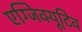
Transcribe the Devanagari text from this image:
एग्जिक्यूटिव